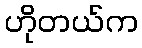
ဟိုတယ်က